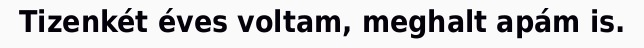
Tizenkét éves voltam, meghalt apám is.